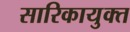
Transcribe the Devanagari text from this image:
सारिकायुक्त